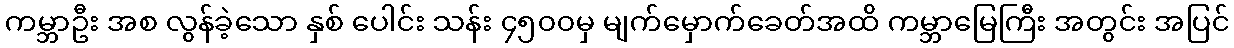
ကမ္ဘာဦး အစ လွန်ခဲ့သော နှစ် ပေါင်း သန်း ၄၅၀၀မှ မျက်မှောက်ခေတ်အထိ ကမ္ဘာမြေကြီး အတွင်း အပြင်